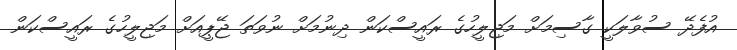
އުފެދޭ ސުވާލަކީ ގާސިމަށް މަޖިލީހުގެ ރަައީސްކަން ދިނުމަށް ނުވަތަ ޖޭޕީއަށް މަޖިލީހުގެ ރައީސްކަން